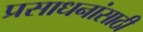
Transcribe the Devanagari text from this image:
प्रसाधनांसाठी